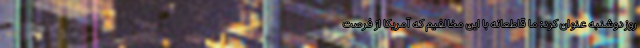
روز دوشنبه عنوان کرد: ما قاطعانه با این مخالفیم که آمریکا از فرصت